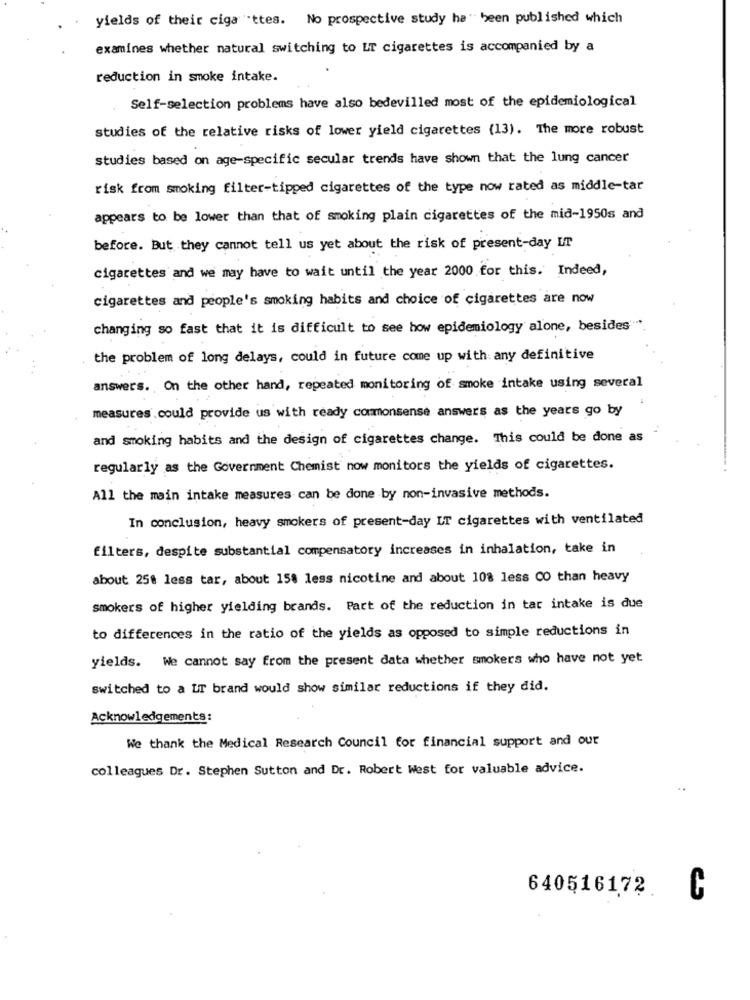
yields of their ciga "ttes. No prospective study ha " been published which
examines whether natural switching to LT cigarettes is accompanied by a
reduction in smoke intake.
Self-selection problems have also bedevilled most of the epidemiological
studies of the relative risks of lower yield cigarettes (13). The more robust
studies based on age-specific secular trends have shown that the lung cancer
risk from smoking filter-tipped cigarettes of the type now rated as middle-tar
appears to be lower than that of smoking plain cigarettes of the mid-1950s and
before. But they cannot tell us yet about the risk of present-day LT
cigarettes and we may have to wait until the year 2000 for this. Indeed,
cigarettes and people's smoking habits and choice of cigarettes are now
changing so fast that it is difficult to see how epidemiology alone, besides".
the problem of long delays, could in future come up with any definitive
answers. On the other hand, repeated monitoring of smoke intake using several
measures . could provide us with ready commonsense answers as the years go by
and smoking habits and the design of cigarettes change. This could be done as
regularly as the Government Chemist now monitors the yields of cigarettes.
All the main intake measures can be done by non-invasive methods.
In conclusion, heavy smokers of present-day IT cigarettes with ventilated
filters, despite substantial compensatory increases in inhalation, take in
about 250 less tar, about 158 less nicotine and about 108 less CO than heavy
smokers of higher yielding brands. Part of the reduction in tar intake is due
to differences in the ratio of the yields as opposed to simple reductions in
yields. We cannot say from the present data whether smokers who have not yet
switched to a UT brand would show similar reductions if they did.
Acknowledgements:
We thank the Medical Research Council for financial support and our
colleagues Dr. Stephen Sutton and Dr. Robert West for valuable advice.
640516172
C